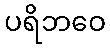
ပရိဘဝေ